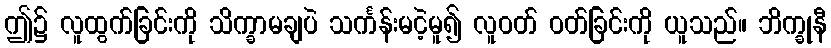
ဤ၌ လူထွက်ခြင်းကို သိက္ခာမချပဲ သင်္ကန်းမငဲ့မူ၍ လူဝတ် ဝတ်ခြင်းကို ယူသည်။ ဘိက္ခုနီ